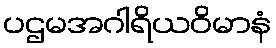
ပဌမအဂါရိယဝိမာနံ